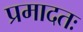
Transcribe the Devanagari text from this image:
प्रमादतः